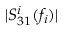
| S _ { 3 1 } ^ { i } ( f _ { i } ) |